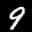
Label: 9